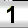
Digit: 1